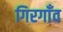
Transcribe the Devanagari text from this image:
गिरगाँव